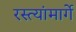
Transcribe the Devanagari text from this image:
रस्त्यांमार्गे